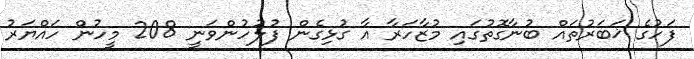
ފަހުގެ ޚަބަރުތައް ބުނާގޮތުގައި މުޒާހަރާ އާ ގުޅިގެން ފުލުހުންވަނީ 208 މީހުން ހައްޔަރު